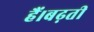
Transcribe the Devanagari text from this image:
हैं।बढ़ती